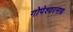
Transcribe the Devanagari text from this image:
गोपेश्वरनाथ